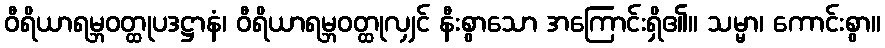
ဝီရိယာရမ္ဘဝတ္ထုပဒဋ္ဌာနံ၊ ဝီရိယာရမ္ဘဝတ္ထုလျှင် နီးစွာသော အကြောင်းရှိ၏။ သမ္မာ၊ ကောင်းစွာ။